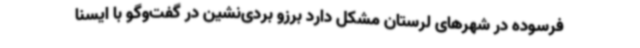
فرسوده در شهرهای لرستان مشکل دارد برزو بردی‌نشین در گفت‌وگو با ایسنا